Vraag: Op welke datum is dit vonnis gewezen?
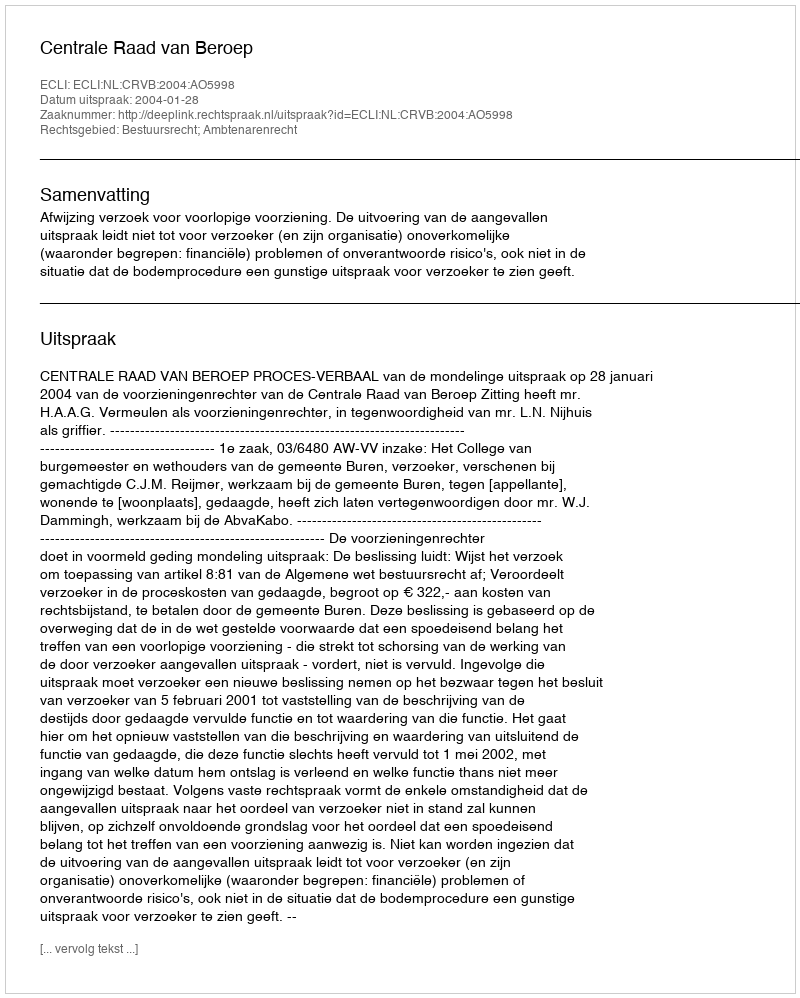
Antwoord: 2004-01-28